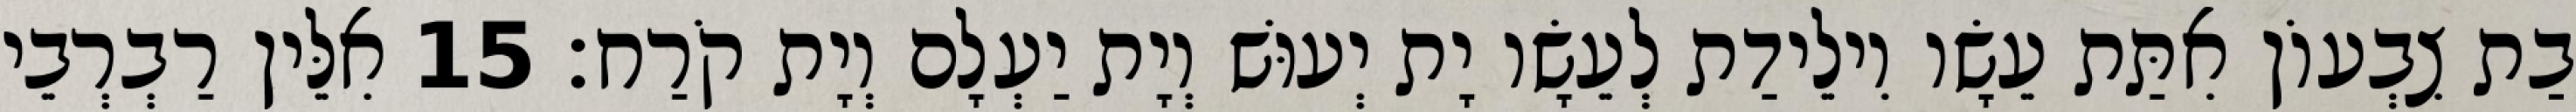
בַת צִבְעוֹן אִתַּת עֵשָׂו וִילֵידַת לְעֵשָׂו יָת יְעוּשׁ וְיָת יַעְלָם וְיָת קֹרַח׃ 15 אִלֵּין רַבְרְבֵי